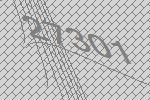
27301